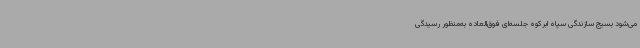
می‌شود بسیج سازندگی سپاه ابرکوه جلسه‌ای فوق‌العاده به‌منظور رسیدگی